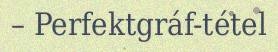
– Perfektgráf-tétel